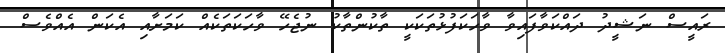
ރައީސް ނަޝީދު ދައްކަވާފައިވާ ވާހަކަފުޅުތަކަކީ ތާކުންތާކު ނުޖެހޭ ވާހަކަތަކެއް ކަމަށާއި އެކަން އެއްވެސް